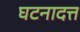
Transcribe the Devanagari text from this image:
घटनादत्त